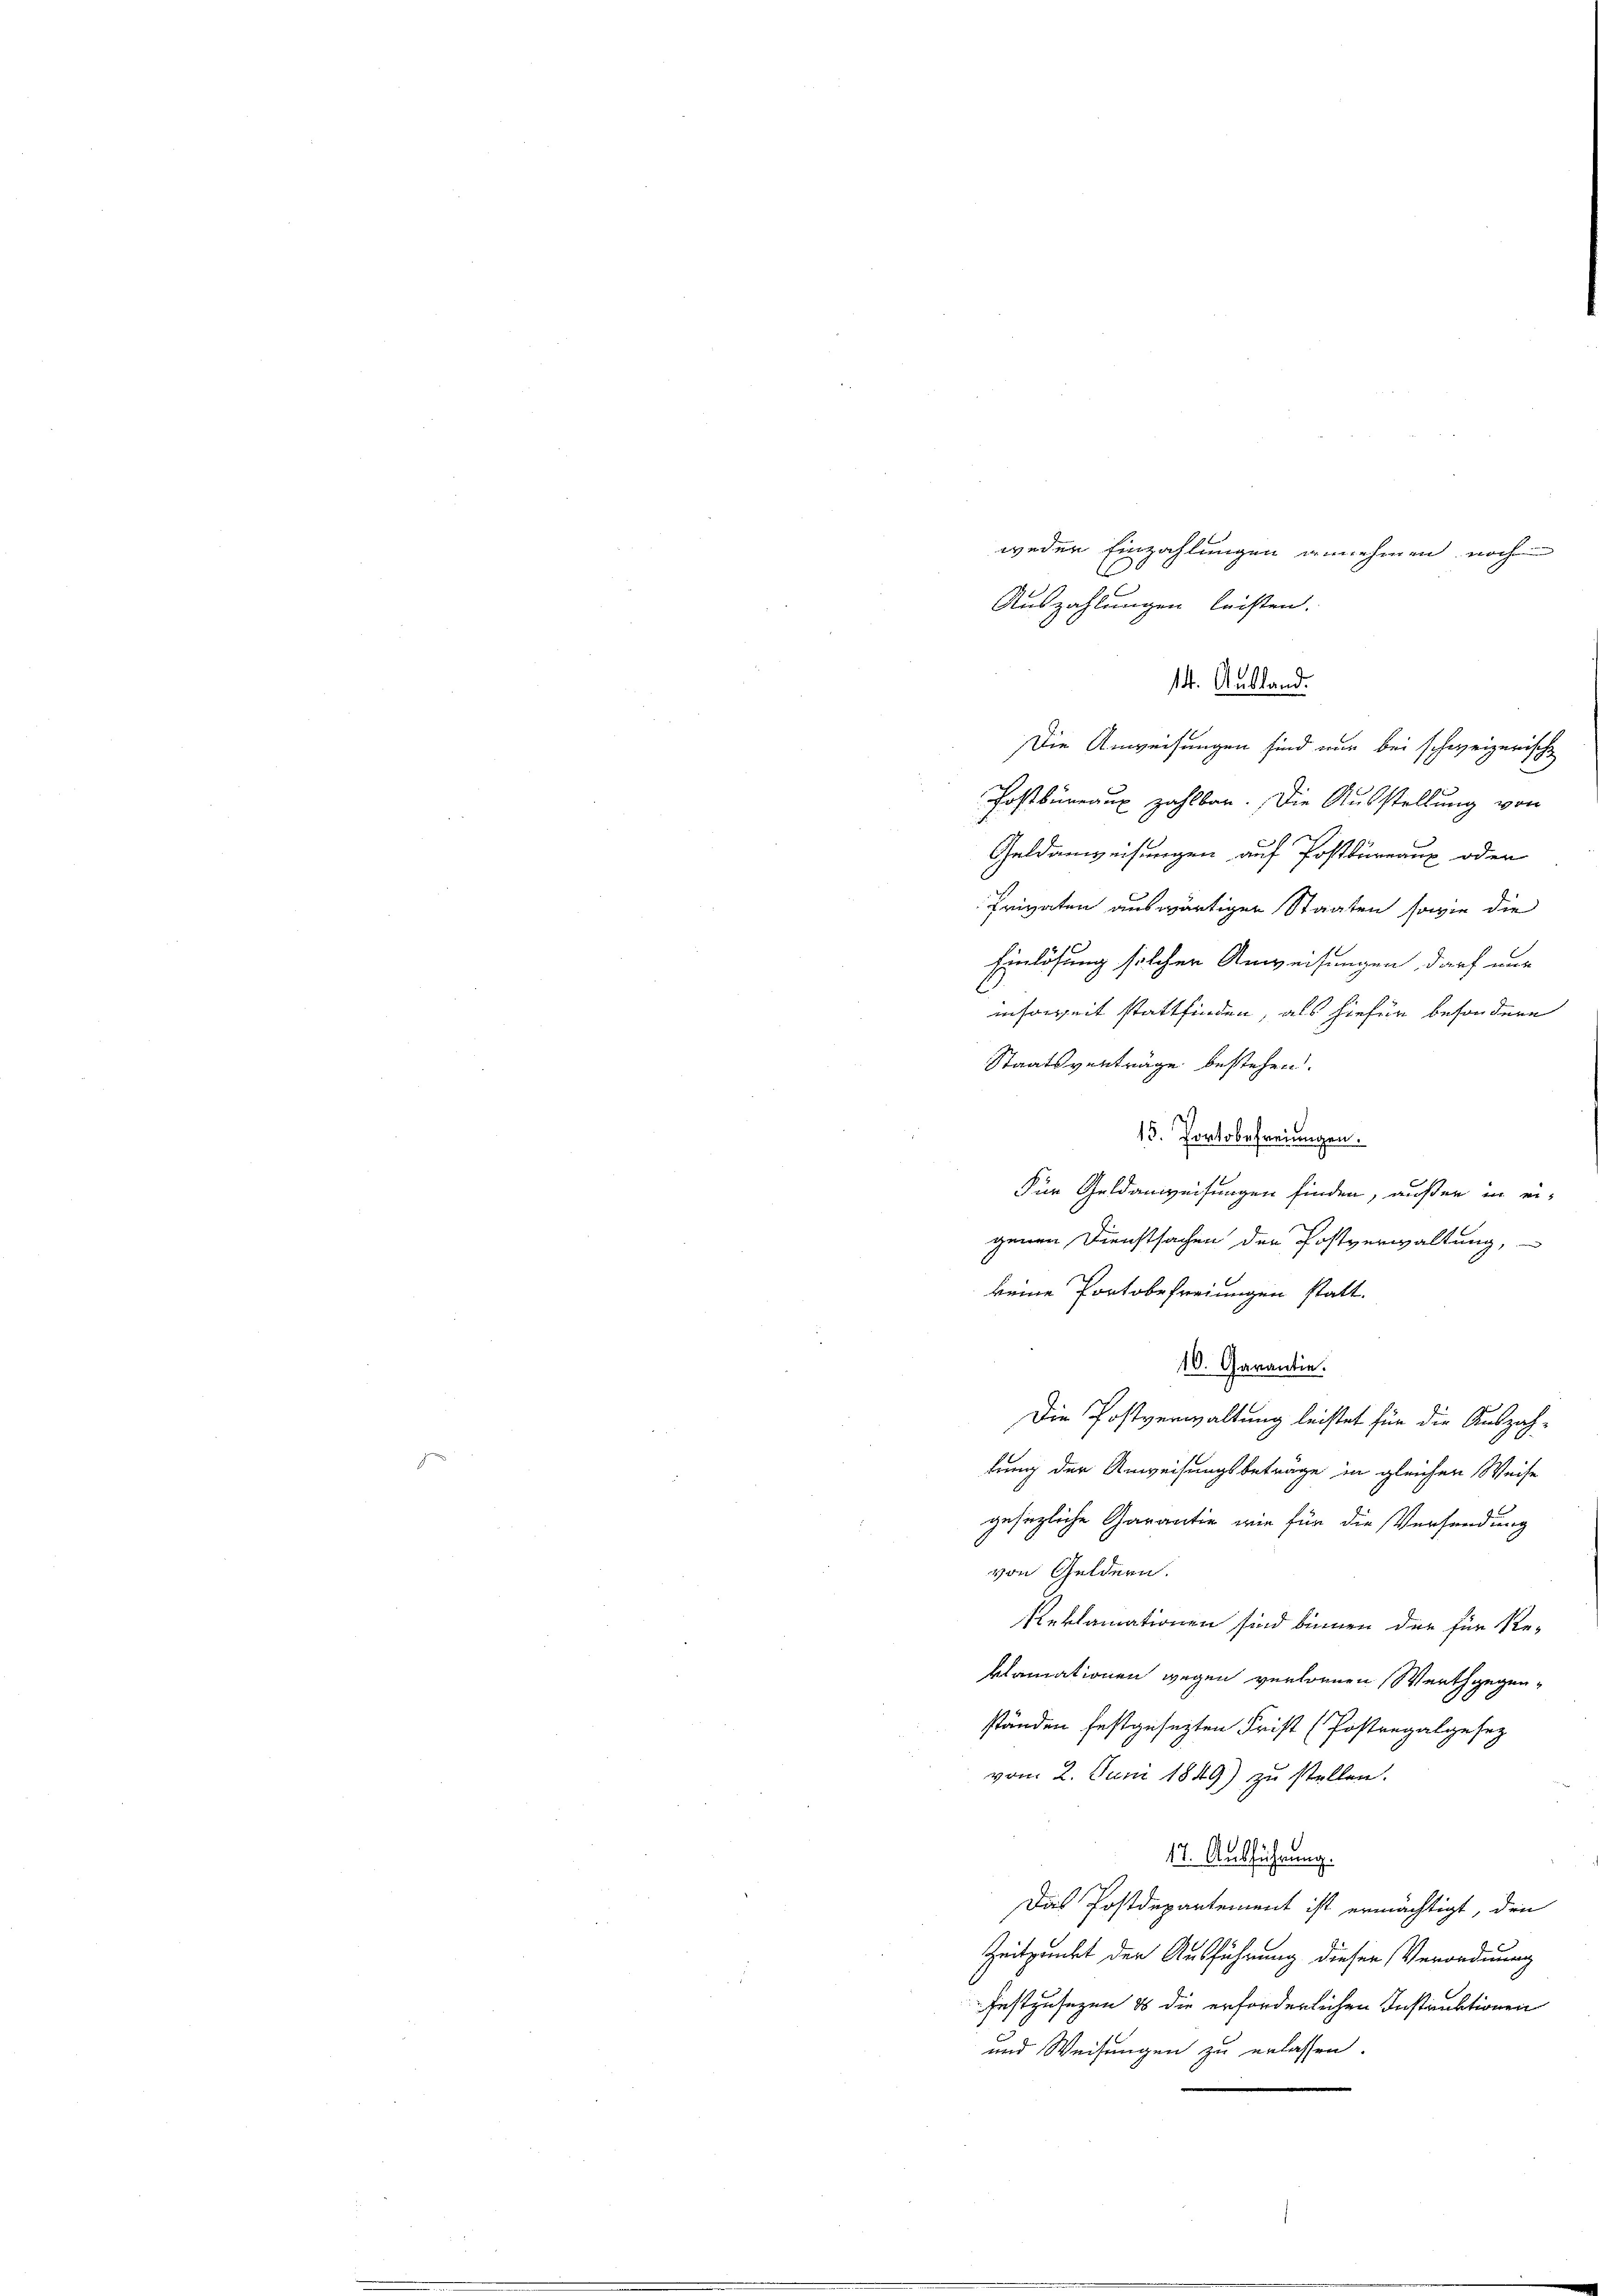
weder Einzahlungen annehmen noch
.
Auszahlungen leisten.

14. Ausland.
Die Anweisungen sind nur bei schweizerische

Postbüreaux zahlbar. Die Ausstellung von
Geldanweisungen auf Postkuranz oder
Privaten auswärtigen Staaten sowie die
Einlösung solcher Anweisungen darf wie
insoweit stattfinden, als hiefür besondere
Staatsverträge bestehen.
15. Portobefreuungen.
Für Geldanweisungen finden, außer in eigenen Dienstsachen der Postverwaltung,
keine Pontobefreiungen statt.
10. Garantie.
Die Postverwaltung leistet für die Auszahtung der Anweisungsbetrage in gleichen Weise
gesezliche Garantie, wie für die Versendung
von Geldern.
Reklamationen sind binnen der für Re-
klamationen wegen verlonnen Werthgegenständen festgesezten Frist (Postregalgesez
vom 2. Juni 1849) zu stellen.
17. Ausführung.
Das Postdepartement ist ermächtigt, den
Zeitpunkt der Ausführung dieser Verordnung
festzusezen & die erforderlichen Instinktionen
und Weisungen zu erlassen.